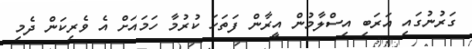
ގަރުނުގައި އަރަބި އިސްލާމުން އީރާން ފަތަހަ ކުރުމާ ހަމައަށް އެ ވެރިކަން ދެމި